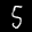
Label: 5